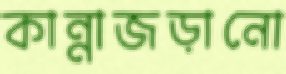
কান্নাজড়ানো